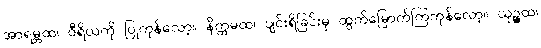
အာရမ္ဘထ၊ ဝီရိယကို ပြုကုန်လော့။ နိက္ကမထ၊ ပျင်းရိခြင်းမှ ထွက်မြောက်ကြကုန်လော့။ ယုဉ္ဇထ၊